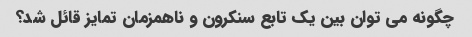
چگونه می توان بین یک تابع سنکرون و ناهمزمان تمایز قائل شد؟